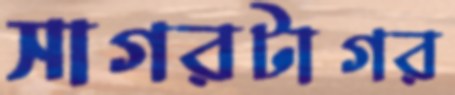
সাগরটাগর